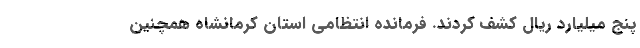
پنج میلیارد ریال کشف کردند. فرمانده انتظامی استان کرمانشاه همچنین